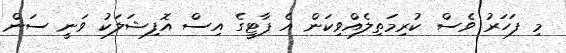
މި ފަހަރު ވެސް ކުރިމަތިލެއްވިކަން އެ ޕާޓީގެ އިސް އޮފިޝަލަކު ވަނީ ސަން